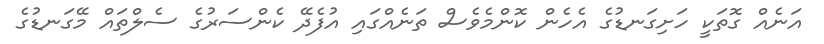
އަނެއް ގޮތަކީ ހަށިގަނޑުގެ އެހެން ކޮންމެެވެސް ތަނެއްގައި އުފެދޭ ކެންސަރުގެ ސެލްތައް މޭގަނޑުގެ